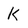
Character: K